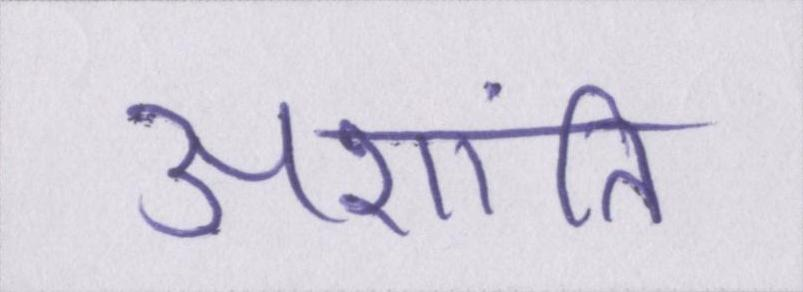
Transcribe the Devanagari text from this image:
अशांति